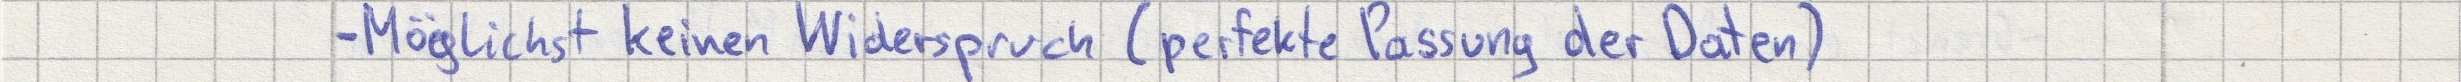
- Möglichst keinen Widerspruch (perfekte Passung der Daten)